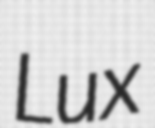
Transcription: Lux